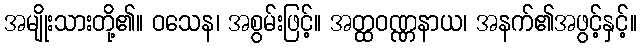
အမျိုးသားတို့၏။ ဝသေန၊ အစွမ်းဖြင့်။ အတ္ထဝဏ္ဏနာယ၊ အနက်၏အဖွင့်နှင့်။